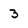
Character: 3